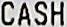
CASH